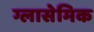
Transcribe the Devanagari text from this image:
ग्लासेमिक